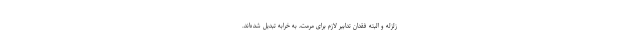
زلزله و البته فقدان تدابیر لازم برای مرمت، به خرابه تبدیل شده‌اند.